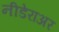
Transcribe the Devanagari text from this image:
नीडेराअर